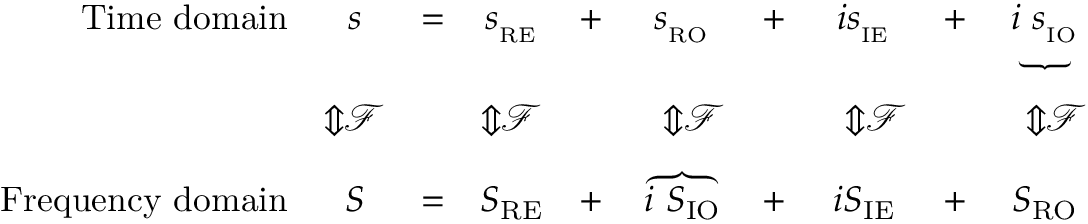
{ \begin{array} { r c c c c c c c c c } { { \mathrm { T i m e ~ d o m a i n } } } & { s } & { = } & { s _ { _ { \mathrm { R E } } } } & { + } & { s _ { _ { \mathrm { R O } } } } & { + } & { i s _ { _ { \mathrm { I E } } } } & { + } & { \underbrace { i \ s _ { _ { \mathrm { I O } } } } } \\ & { { \Bigg \Updownarrow } { \mathcal { F } } } & & { { \Bigg \Updownarrow } { \mathcal { F } } } & & { \ \ { \Bigg \Updownarrow } { \mathcal { F } } } & & { \ \ { \Bigg \Updownarrow } { \mathcal { F } } } & & { \ \ { \Bigg \Updownarrow } { \mathcal { F } } } \\ { { \mathrm { F r e q u e n c y ~ d o m a i n } } } & { S } & { = } & { S _ { \mathrm { R E } } } & { + } & { \overbrace { \, i \ S _ { \mathrm { I O } } \, } } & { + } & { i S _ { \mathrm { I E } } } & { + } & { S _ { \mathrm { R O } } } \end{array} }